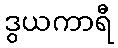
ဒွယကာရီ